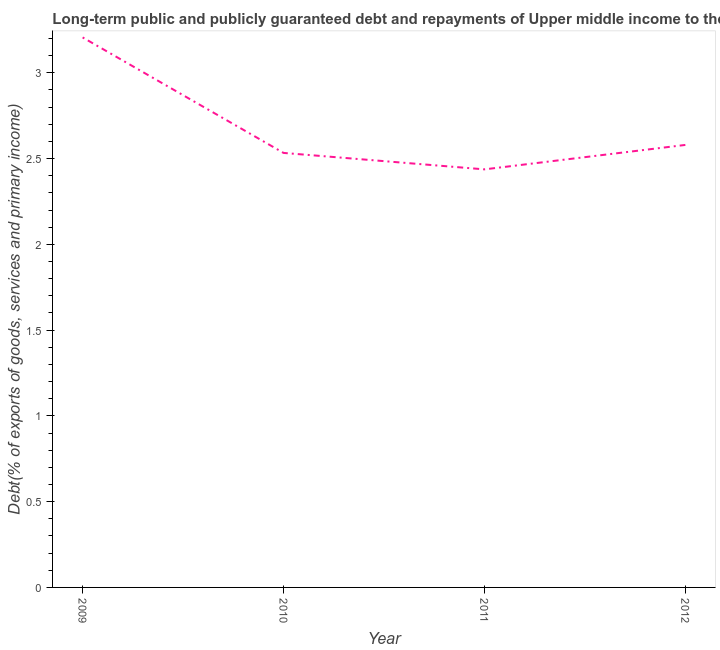
| Year | Debt service (PPG and IMF only) |
 | --- | --- |
 | 2009 | 3.21 |
 | 2010 | 2.53 |
 | 2011 | 2.44 |
 | 2012 | 2.58 |